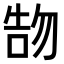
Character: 𠵞